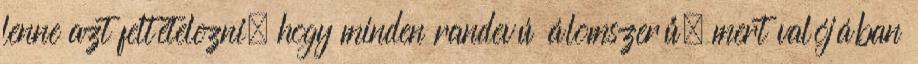
lenne azt feltételezni, hogy minden randevú álomszerű, mert valójában